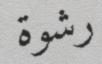
رشوة